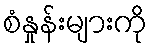
စံနှုန်းများကို